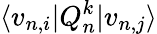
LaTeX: \langle v_{n,i}\lvert Q_{n}^{k}\lvert v_{n,j}\rangle